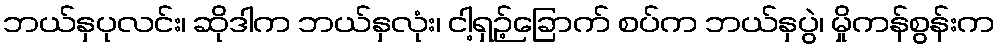
ဘယ်နှပုလင်း၊ ဆိုဒါက ဘယ်နှလုံး၊ ငါ့ရှဉ့်ခြောက် စပ်က ဘယ်နှပွဲ၊ မှိုကန်စွန်းက